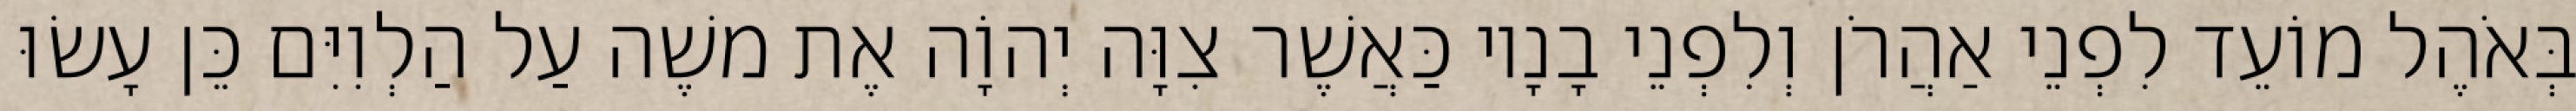
בְּאֹהֶל מוֹעֵד לִפְנֵי אַהֲרֹן וְלִפְנֵי בָנָיו כַּאֲשֶׁר צִוָּה יְהוָֹה אֶת משֶׁה עַל הַלְוִיִּם כֵּן עָשׂוּ